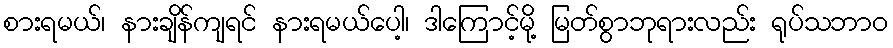
စားရမယ်၊ နားချိန်ကျရင် နားရမယ်ပေါ့၊ ဒါကြောင့်မို့ မြတ်စွာဘုရားလည်း ရုပ်သဘာဝ